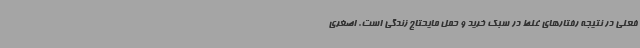
فعلی در نتیجه رفتارهای غلط در سبک خرید و حمل مایحتاج زندگی است. اصغری